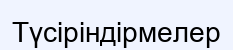
Түсіріндірмелер